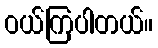
ဝယ်ကြပါတယ်။